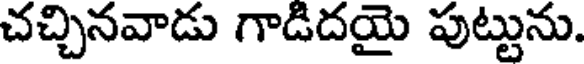
చచ్చినవాడు గాడిదయై పుట్టును.